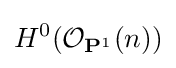
H^{0}({\mathcal {O}}_{\mathbf {P} ^{1}}(n))